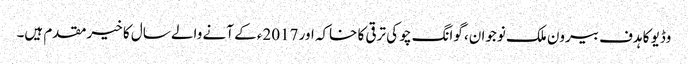
وڈیو کا ہدف بیرون ملک نوجوان، گوانگ چو کی ترقی کا خاکہ اور 2017ء کے آنے والے سال کا خیرمقدم ہیں۔